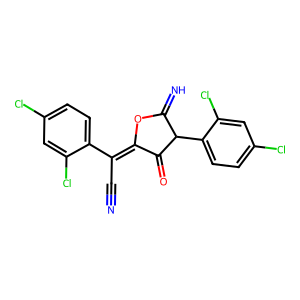
SMILES: N#CC(=C1OC(=N)C(c2ccc(Cl)cc2Cl)C1=O)c1ccc(Cl)cc1Cl
Inhibits HIV replication: No